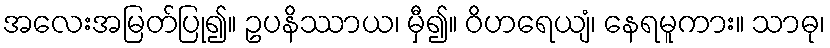
အလေးအမြတ်ပြု၍။ ဥပနိဿာယ၊ မှီ၍။ ဝိဟရေယျံ၊ နေရမူကား။ သာဓု၊